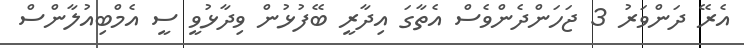
އެރޭ ދަންވަރު 3 ޖަހަންދެންވެސް އެތާގަ އިދާރީ ބޭފުޅުން ވިދާޅުވީ ސީ އެމްބިއުލާންސް